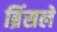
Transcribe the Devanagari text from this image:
ब्रिंसले